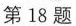
第18题